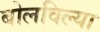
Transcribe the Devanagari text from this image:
बोलविल्या